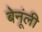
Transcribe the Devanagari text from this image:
बेनूंली